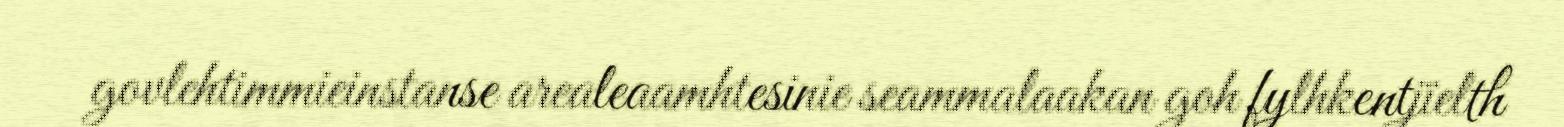
govlehtimmieinstanse arealeaamhtesinie seammalaakan goh fylhkentjïelth